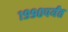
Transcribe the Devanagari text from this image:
१९९०पर्यंत